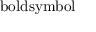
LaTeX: \mathrm { \ b o l d s y m b o l { \ell } }